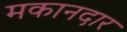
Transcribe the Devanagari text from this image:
मकानदार